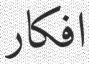
افكار